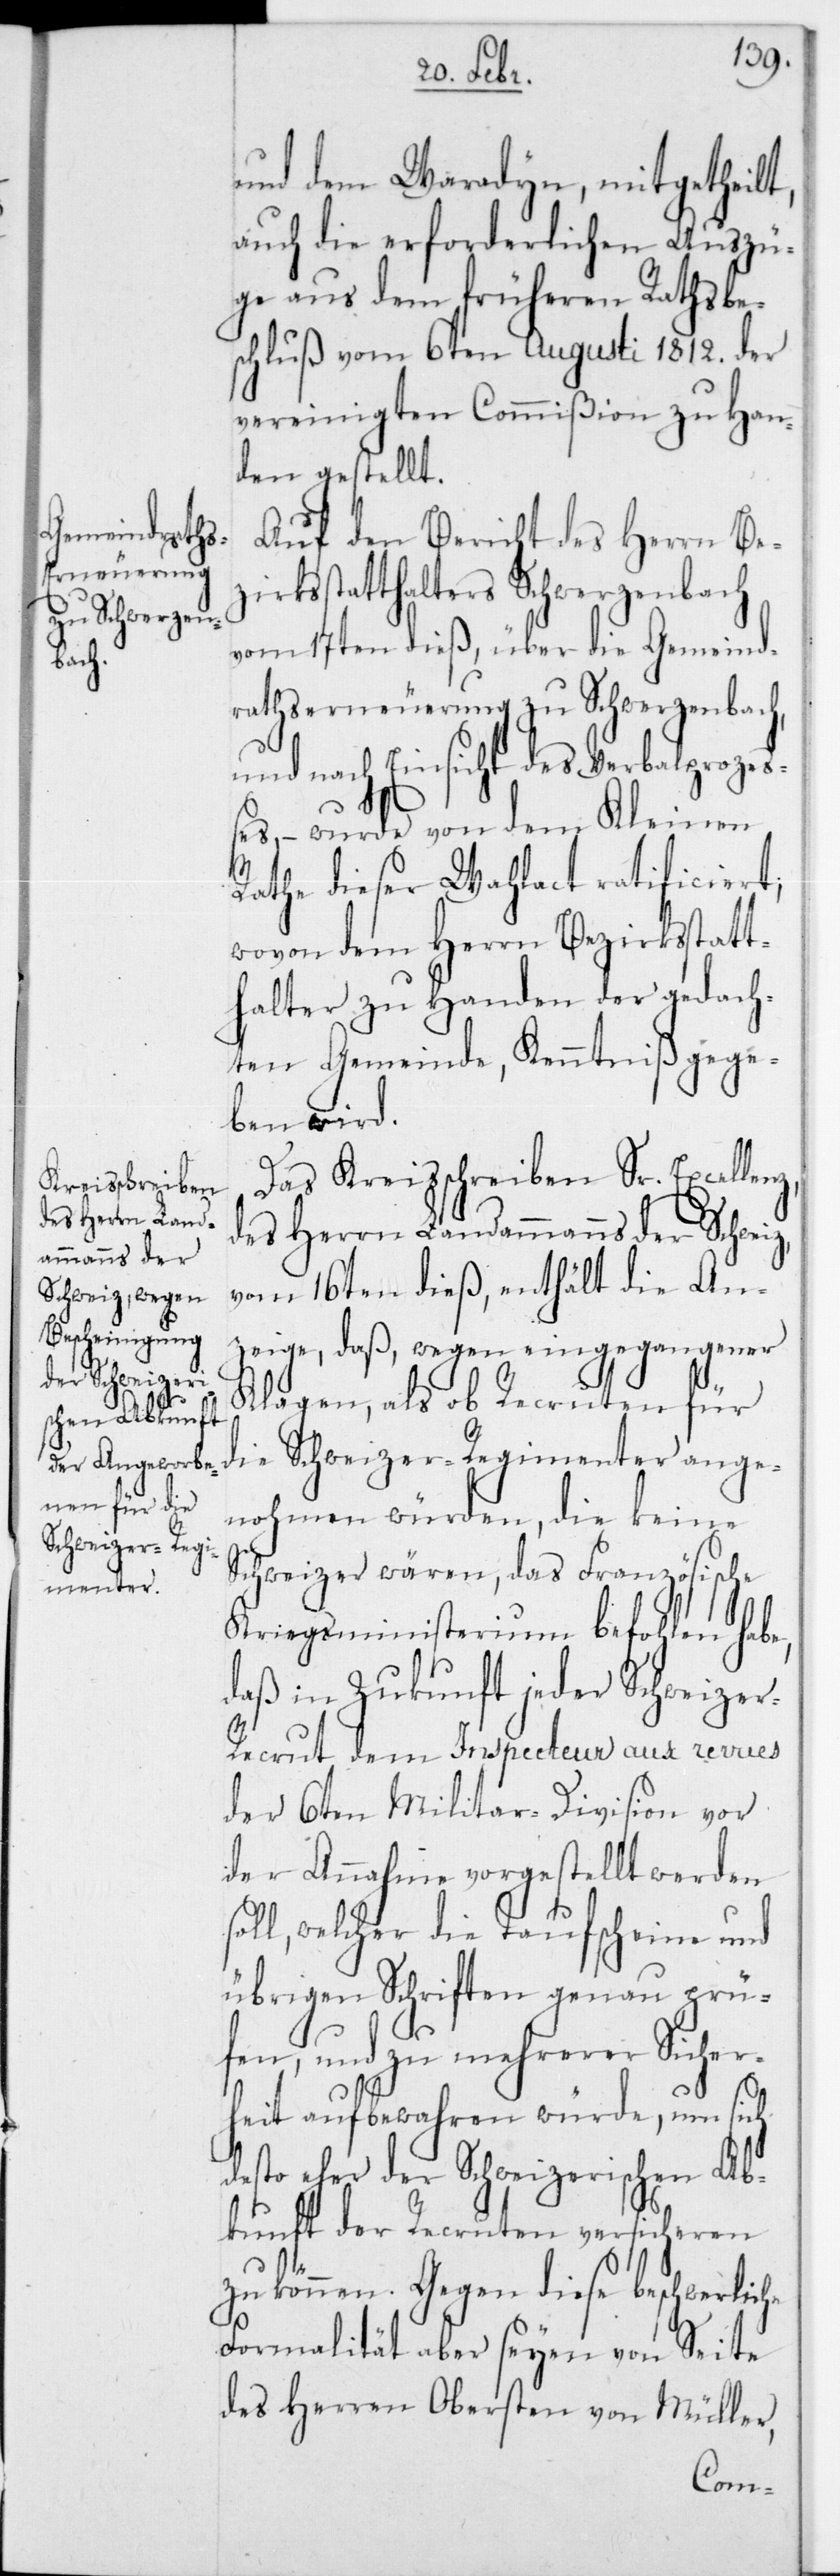
und dem Waradyn, mitgetheilt,
auch die erforderlichen Auszü¬
ge aus dem früheren Rathsbe¬
schluß vom 6ten Augusti 1812 der
vereinigten Commißion zu Han¬
den gestellt.
Auf den Bericht des Herrn Bez¬
irksstatthalters Schwerzenbach
vom 17ten dies, über die Gemeind¬
raths-Erneuerung zu Schwerzenbach,
und nach Einsicht des Verbalprozeß¬
s¬
es, – wurde von dem Kleinen
Rathe dieser Wahlact ratificiert,
wovon dem Herrn Bezirksstatt¬
halter zu Handen der gedach¬
ten Gemeinde, Kenntniß gege¬
ben wird.
Das Kreisschreiben Sr. Excellen¬
des Herrn Landammanns der Schweiz,
vom 16ten dieß, enthält die An¬
zeige, daß, wegen eingegangener
Klagen, als ob Recruten für
die Schweizer-Regimenter ange¬
nohmen würden, die keine
Schweizer wären, das Französische
Kriegsministerium befohlen habe,
daß in Zukunft jeder Schweize¬
r-Recrut dem Inspecteur aux revues
der 6ten Militar-Division vor
der Annahme vorgestellt werden
oll, welcher die Taufscheine und
übrigen Schriften genau prü¬
fen, und zu mehrerer Sicher¬
heit aufbewahren würde, um sich
desto eher der Schweizerischen Ab¬
kunft der Recruten versicheren
zu können. Gegen diese beschwerliche
Formalität aber seyen von Seite
des Herren Obersten von Müller,